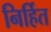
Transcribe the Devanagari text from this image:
निर्हित